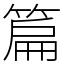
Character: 篇